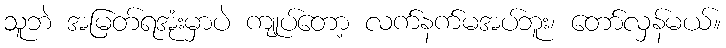
သူဘဲ အမြတ်ရအုံးမှာပဲ ကျုပ်တော့ လက်နက်မအပ်ဘူး၊ တော်လှန်မယ်။